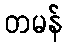
တမန်